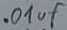
Text: .01µF